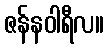
ဇန်နဝါရီလ။